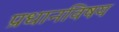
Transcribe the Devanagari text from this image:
प्रधानविषय